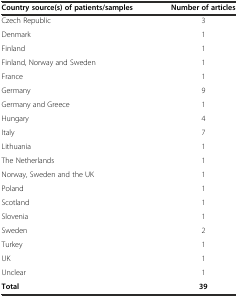
| Country source(s) of patients/samples | Number of articles |
 | --- | --- |
 | Czech Republic | 3 |
 | Denmark | 1 |
 | Finland | 1 |
 | Finland, Norway and Sweden | 1 |
 | France | 1 |
 | Germany | 9 |
 | Germany and Greece | 1 |
 | Hungary | 4 |
 | Italy | 7 |
 | Lithuania | 1 |
 | The Netherlands | 1 |
 | Norway, Sweden and the UK | 1 |
 | Poland | 1 |
 | Scotland | 1 |
 | Slovenia | 1 |
 | Sweden | 2 |
 | Turkey | 1 |
 | UK | 1 |
 | Unclear | 1 |
 | Total | 39 |